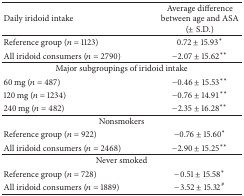
| Daily iridoid intake | Average difference between age and ASA (± S.D.) |
 | --- | --- |
 | Reference group (n = 1123) | 0.72 ± 15.93* |
 | All iridoid consumers (n = 2790) | −2.07 ± 15.62** |
 | <COLSPAN=2> Major subgroupings of iridoid intake |
 | 60 mg (n = 487) | −0.46 ± 15.53** |
 | 120 mg (n = 1234) | −0.76 ± 14.91** |
 | 240 mg (n = 482) | −2.35 ± 16.28** |
 | <COLSPAN=2> Nonsmokers |
 | Reference group (n = 922) | −0.76 ± 15.60* |
 | All iridoid consumers (n = 2468) | −2.90 ± 15.25** |
 | <COLSPAN=2> Never smoked |
 | Reference group (n = 728) | −0.51 ± 15.58* |
 | All iridoid consumers (n = 1889) | −3.52 ± 15.32# |